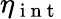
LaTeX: \eta_{\mathrm{~i~n~t~}}